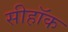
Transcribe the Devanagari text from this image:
सीहॉक